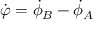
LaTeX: { \dot { \varphi } } = { \dot { \phi } } _ { B } - { \dot { \phi } } _ { A }